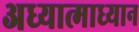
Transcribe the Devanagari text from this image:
अध्यात्माध्यान